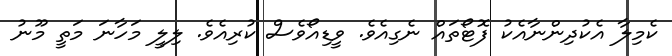
ކެމިލާ އެކުދިންނާއެކު ފޮޓޯތައް ނެގިއެވެ. ވީޑިއޯވެސް ކުރިއެވެ. ލިލީ މަހާނަ މަތީ މޫނު